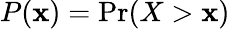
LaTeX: P(\mathbf{x})=\mathrm{{Pr}}(X>\mathbf{x})